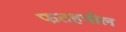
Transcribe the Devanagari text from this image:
फतहपोल